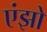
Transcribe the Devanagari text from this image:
एंझो